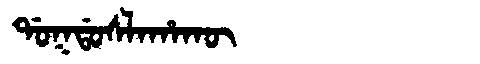
Manchu: ᡩᠣᡴᡩᠣᠰᠯᠠᡥᠠᡴᡡ
Romanization: DOKDOSLAHAKŪ